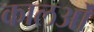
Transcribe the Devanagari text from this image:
कालओं